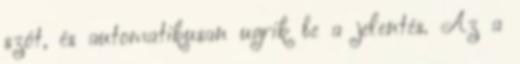
szót, és automatikusan ugrik be a jelentés. Az a